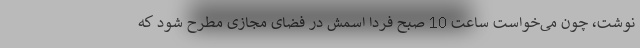
نوشت، چون می‌خواست ساعت 10 صبح فردا اسمش در فضای مجازی مطرح شود که